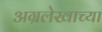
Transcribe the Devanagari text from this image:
अग्रलेखाच्या